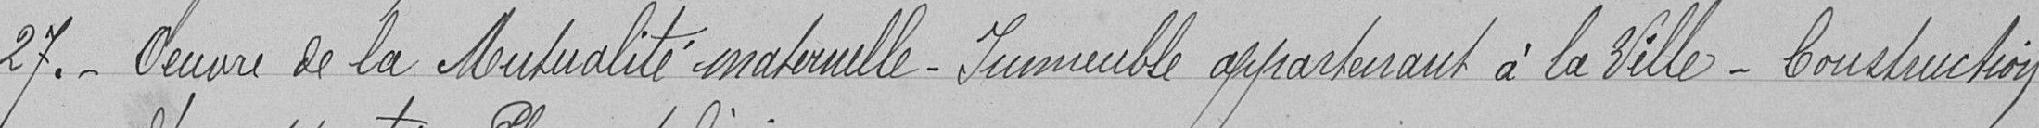
27. Œuvre de la Mutualité maternelle - Immeuble appartenant à la ville - Construction